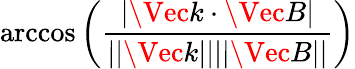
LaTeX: \operatorname{arccos}{\left(\frac{|\Vec{k}\cdot\Vec{B}|}{||\Vec{k}||||\Vec{B}||}\right)}